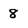
Character: 8